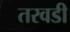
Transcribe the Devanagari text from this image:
तरवडी